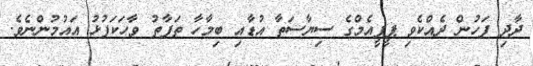
ދާދި ފަހުން ދެއްކެވި ޕީޕީއެމްގެ ސިޔާސަތާ އުޑާއި ބިމާހާ ތަފާތު ވާހަކަފުޅު އައުމުންނެވެ.